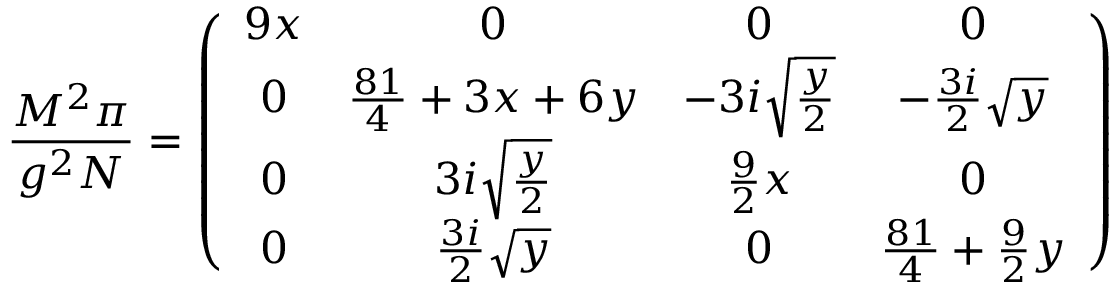
{ \frac { M ^ { 2 } \pi } { g ^ { 2 } N } } = \left( \begin{array} { c c c c } { { 9 x } } & { { 0 } } & { { 0 } } & { { 0 } } \\ { { 0 } } & { { { \frac { 8 1 } { 4 } } + 3 x + 6 y } } & { { - 3 i \sqrt { { \frac { y } { 2 } } } } } & { { - { \frac { 3 i } { 2 } } \sqrt { y } } } \\ { { 0 } } & { { 3 i \sqrt { { \frac { y } { 2 } } } } } & { { { \frac { 9 } { 2 } } x } } & { { 0 } } \\ { { 0 } } & { { { \frac { 3 i } { 2 } } \sqrt { y } } } & { { 0 } } & { { { \frac { 8 1 } { 4 } } + { \frac { 9 } { 2 } } y } } \end{array} \right)